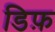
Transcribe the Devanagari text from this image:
डिफ़